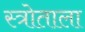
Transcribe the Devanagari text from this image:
स्त्रोताला